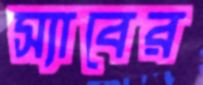
স্যাবের